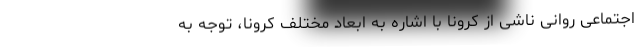
اجتماعی روانی ناشی از کرونا با اشاره به ابعاد مختلف کرونا، توجه به